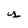
Character: y